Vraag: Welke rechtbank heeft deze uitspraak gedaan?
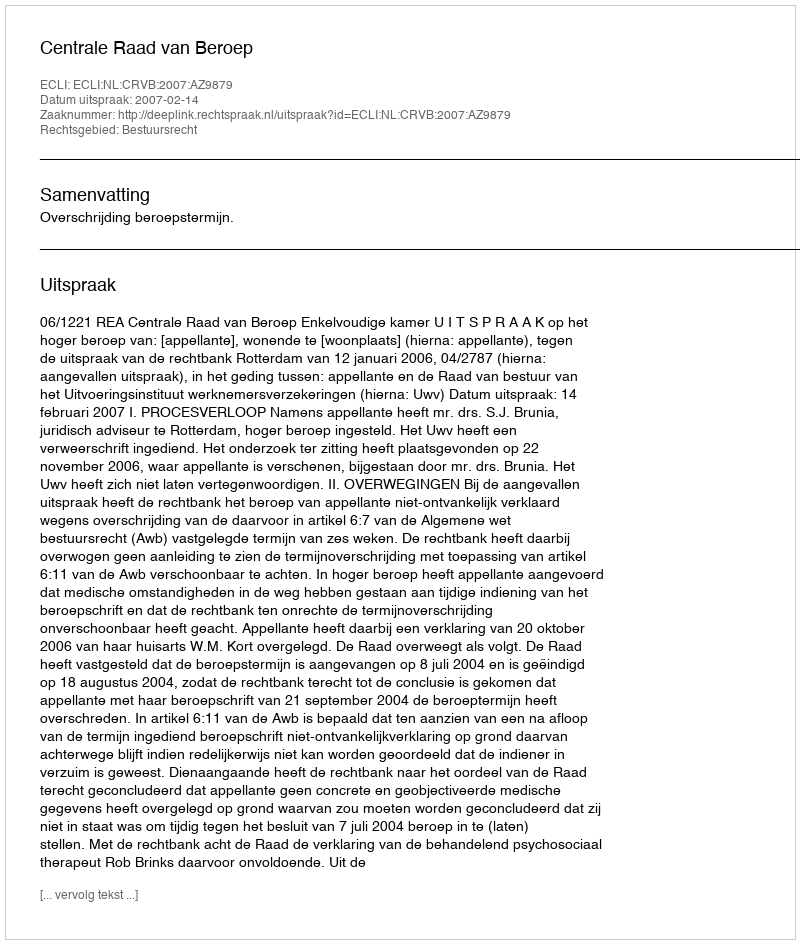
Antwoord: Centrale Raad van Beroep